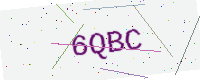
Text: 6QBC